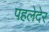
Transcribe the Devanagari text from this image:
पहलेदेर